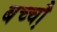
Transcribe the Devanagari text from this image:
बच्चौ़